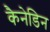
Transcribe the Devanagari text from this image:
कैनेडिन